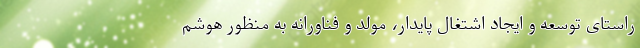
راستای توسعه و ایجاد اشتغال پایدار، مولد و فناورانه به منظور هوشم